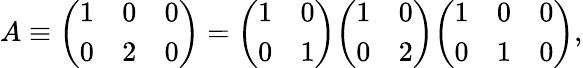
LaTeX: A\equiv{\left(\begin{array}{lll}{1}&{0}&{0}\\ {0}&{2}&{0}\end{array}\right)}={\left(\begin{array}{ll}{1}&{0}\\ {0}&{1}\end{array}\right)}{\left(\begin{array}{ll}{1}&{0}\\ {0}&{2}\end{array}\right)}{\left(\begin{array}{lll}{1}&{0}&{0}\\ {0}&{1}&{0}\end{array}\right)},